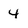
Character: 4